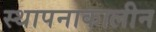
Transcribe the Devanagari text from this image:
स्थापनाकालीन